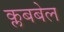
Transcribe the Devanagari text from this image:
क्लबबेल